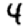
Digit: 4